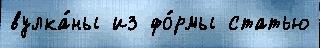
вулка́ны из фо́рмы статью